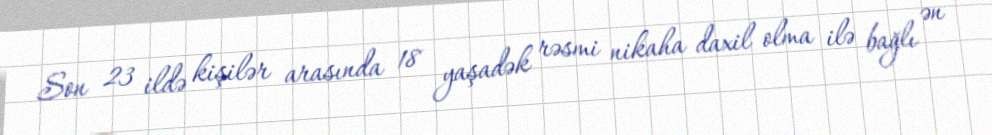
Son 23 ildə kişilər arasında 18 yaşadək rəsmi nikaha daxil olma ilə bağlı ən